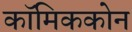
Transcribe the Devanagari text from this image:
कॉमिककोन